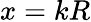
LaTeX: x=kR